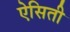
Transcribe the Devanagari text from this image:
ऐसिती